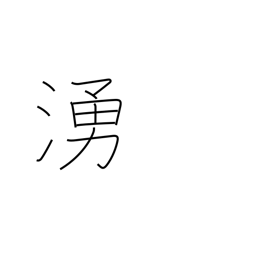
Meaning: uproar